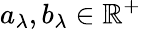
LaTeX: a_{\lambda},b_{\lambda}\in\mathbb{R}^{+}